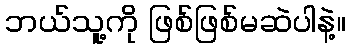
ဘယ်သူ့ကို ဖြစ်ဖြစ်မဆဲပါနဲ့။